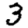
Digit: 3